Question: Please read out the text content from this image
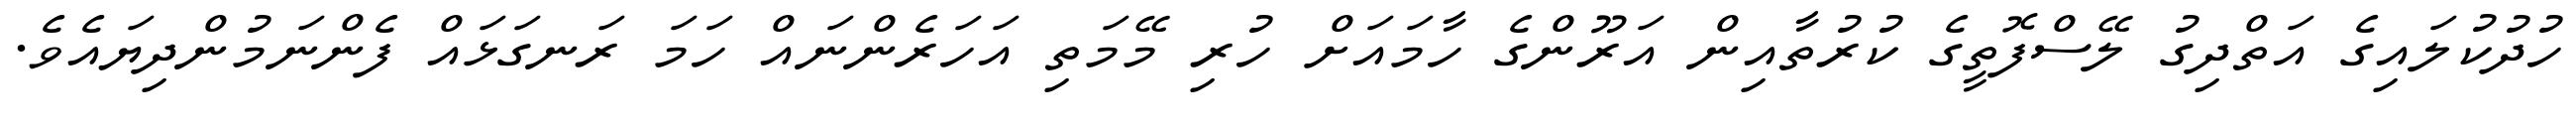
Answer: ހުދުކުލައިގެ އަތްދިގު ލޭސްފޮތީގެ ކުރުތާއިން އަރޫންގެ ހާމައަށް ހުރި މޭމަތި އަހަރެންނައް ހަމަ ރަނގަޅައް ފެންނަމުންދިޔައެވެ.